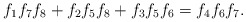
\begin{align*}f_1f_7f_8+f_2f_5f_8+f_3f_5f_6=f_4f_6f_7.\end{align*}